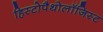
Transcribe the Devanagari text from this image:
हिस्टोपैथोलॉजिस्ट